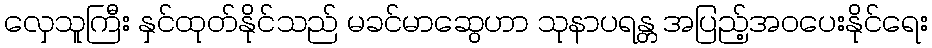
လှေသူကြီး နှင်ထုတ်နိုင်သည် မခင်မာဆွေဟာ သုနာပရန္တ အပြည့်အဝပေးနိုင်ရေး